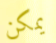
يمكن